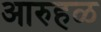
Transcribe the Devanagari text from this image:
आरुहळ